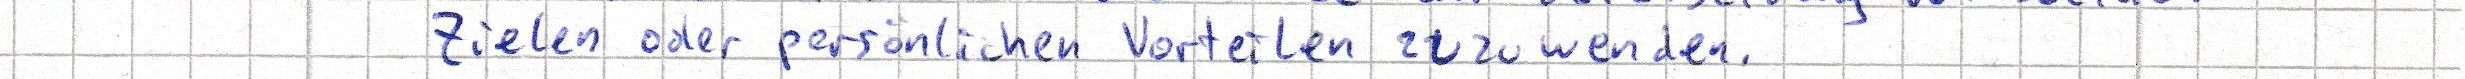
Zielen oder persönlichen Vorteilen zuzuwenden.